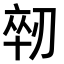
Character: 𫦈